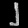
Digit: ၂